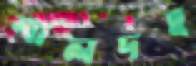
শালদহ